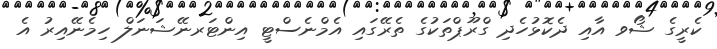
ކެރީގެ ޝޯވ އާއި ދެކޮޅުހެދި ގްރޫޕްތަކުގެ ތެރޭގައި އެމްނެސްޓީ އިންޓަރނޭޝަނަލް ހިމެނޭއިރު އެ